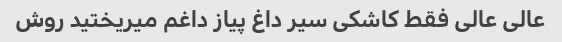
عالی عالی فقط کاشکی سیر داغ پیاز داغم میریختید روش